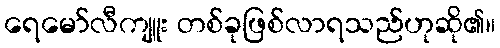
ရေမော်လီကျူး တစ်ခုဖြစ်လာရသည်ဟုဆို၏။